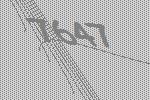
7647